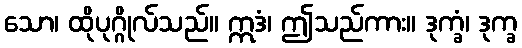
သော၊ ထိုပုဂ္ဂိုလ်သည်။ ဣဒံ၊ ဤသည်ကား။ ဒုက္ခံ၊ ဒုက္ခ